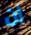
إن